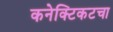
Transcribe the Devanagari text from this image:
कनेक्टिकटचा